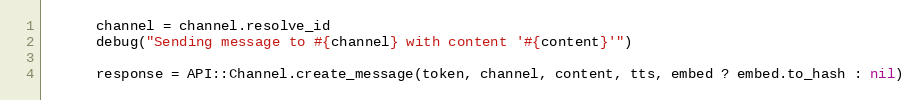
Language: Ruby
      channel = channel.resolve_id
      debug("Sending message to #{channel} with content '#{content}'")

      response = API::Channel.create_message(token, channel, content, tts, embed ? embed.to_hash : nil)